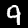
Digit: 9